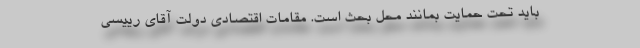
باید تحت حمایت بمانند محل بحث است. مقامات اقتصادی دولت آقای رییسی